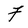
Character: F